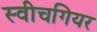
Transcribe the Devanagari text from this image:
स्वीचगियर